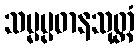
သမ္မပ္ပဓာနသုတ္တံ